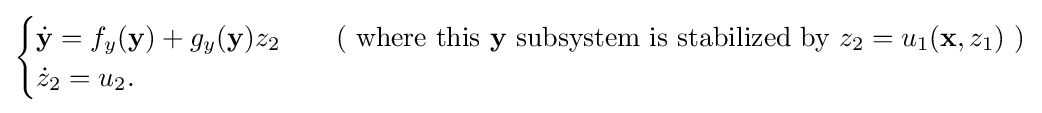
{\begin{cases}{\dot {\mathbf {y} }}=f_{y}(\mathbf {y} )+g_{y}(\mathbf {y} )z_{2}&\quad {\text{( where this }}\mathbf {y} {\text{ subsystem is stabilized by }}z_{2}=u_{1}(\mathbf {x} ,z_{1}){\text{ )}}\\{\dot {z}}_{2}=u_{2}.\end{cases}}